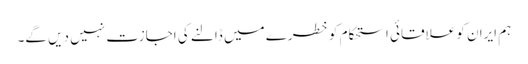
ہم ایران کو علاقائی استحکام کو خطرے میں ڈالنے کی اجازت نہیں دیں گے۔